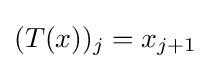
\displaystyle (T(x))_{j}=x_{j+1}